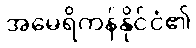
အမေရိကန်နိုင်ငံ၏